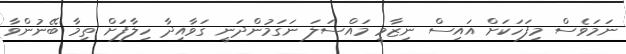
ނަމަވެސް މިފަހަކަށް އައިސް ނިޒާމީ މައްސަލަ ނަގަމުންދަނީ ގަވާއިދާ ހިލާފަށް ތިމާ ބޭނުންވާ